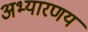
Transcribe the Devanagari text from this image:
अभ्‍यारणय